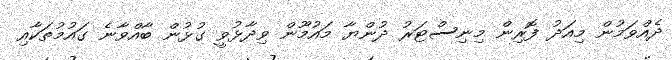
ދެއްވަމުން މިއަދު ފޮރިން މިނިސްޓަރު ދުންޔާ މައުމޫން ވިދާޅުވީ ގުޅުން ބާއްވާނެ ގައުމުތަކާއި